DOW-UAP-D61, Mission Report, Persian Gulf, August 2020
Agency: Department of War
Incident date: 8/27/20
Incident location: Persian Gulf
Page 3
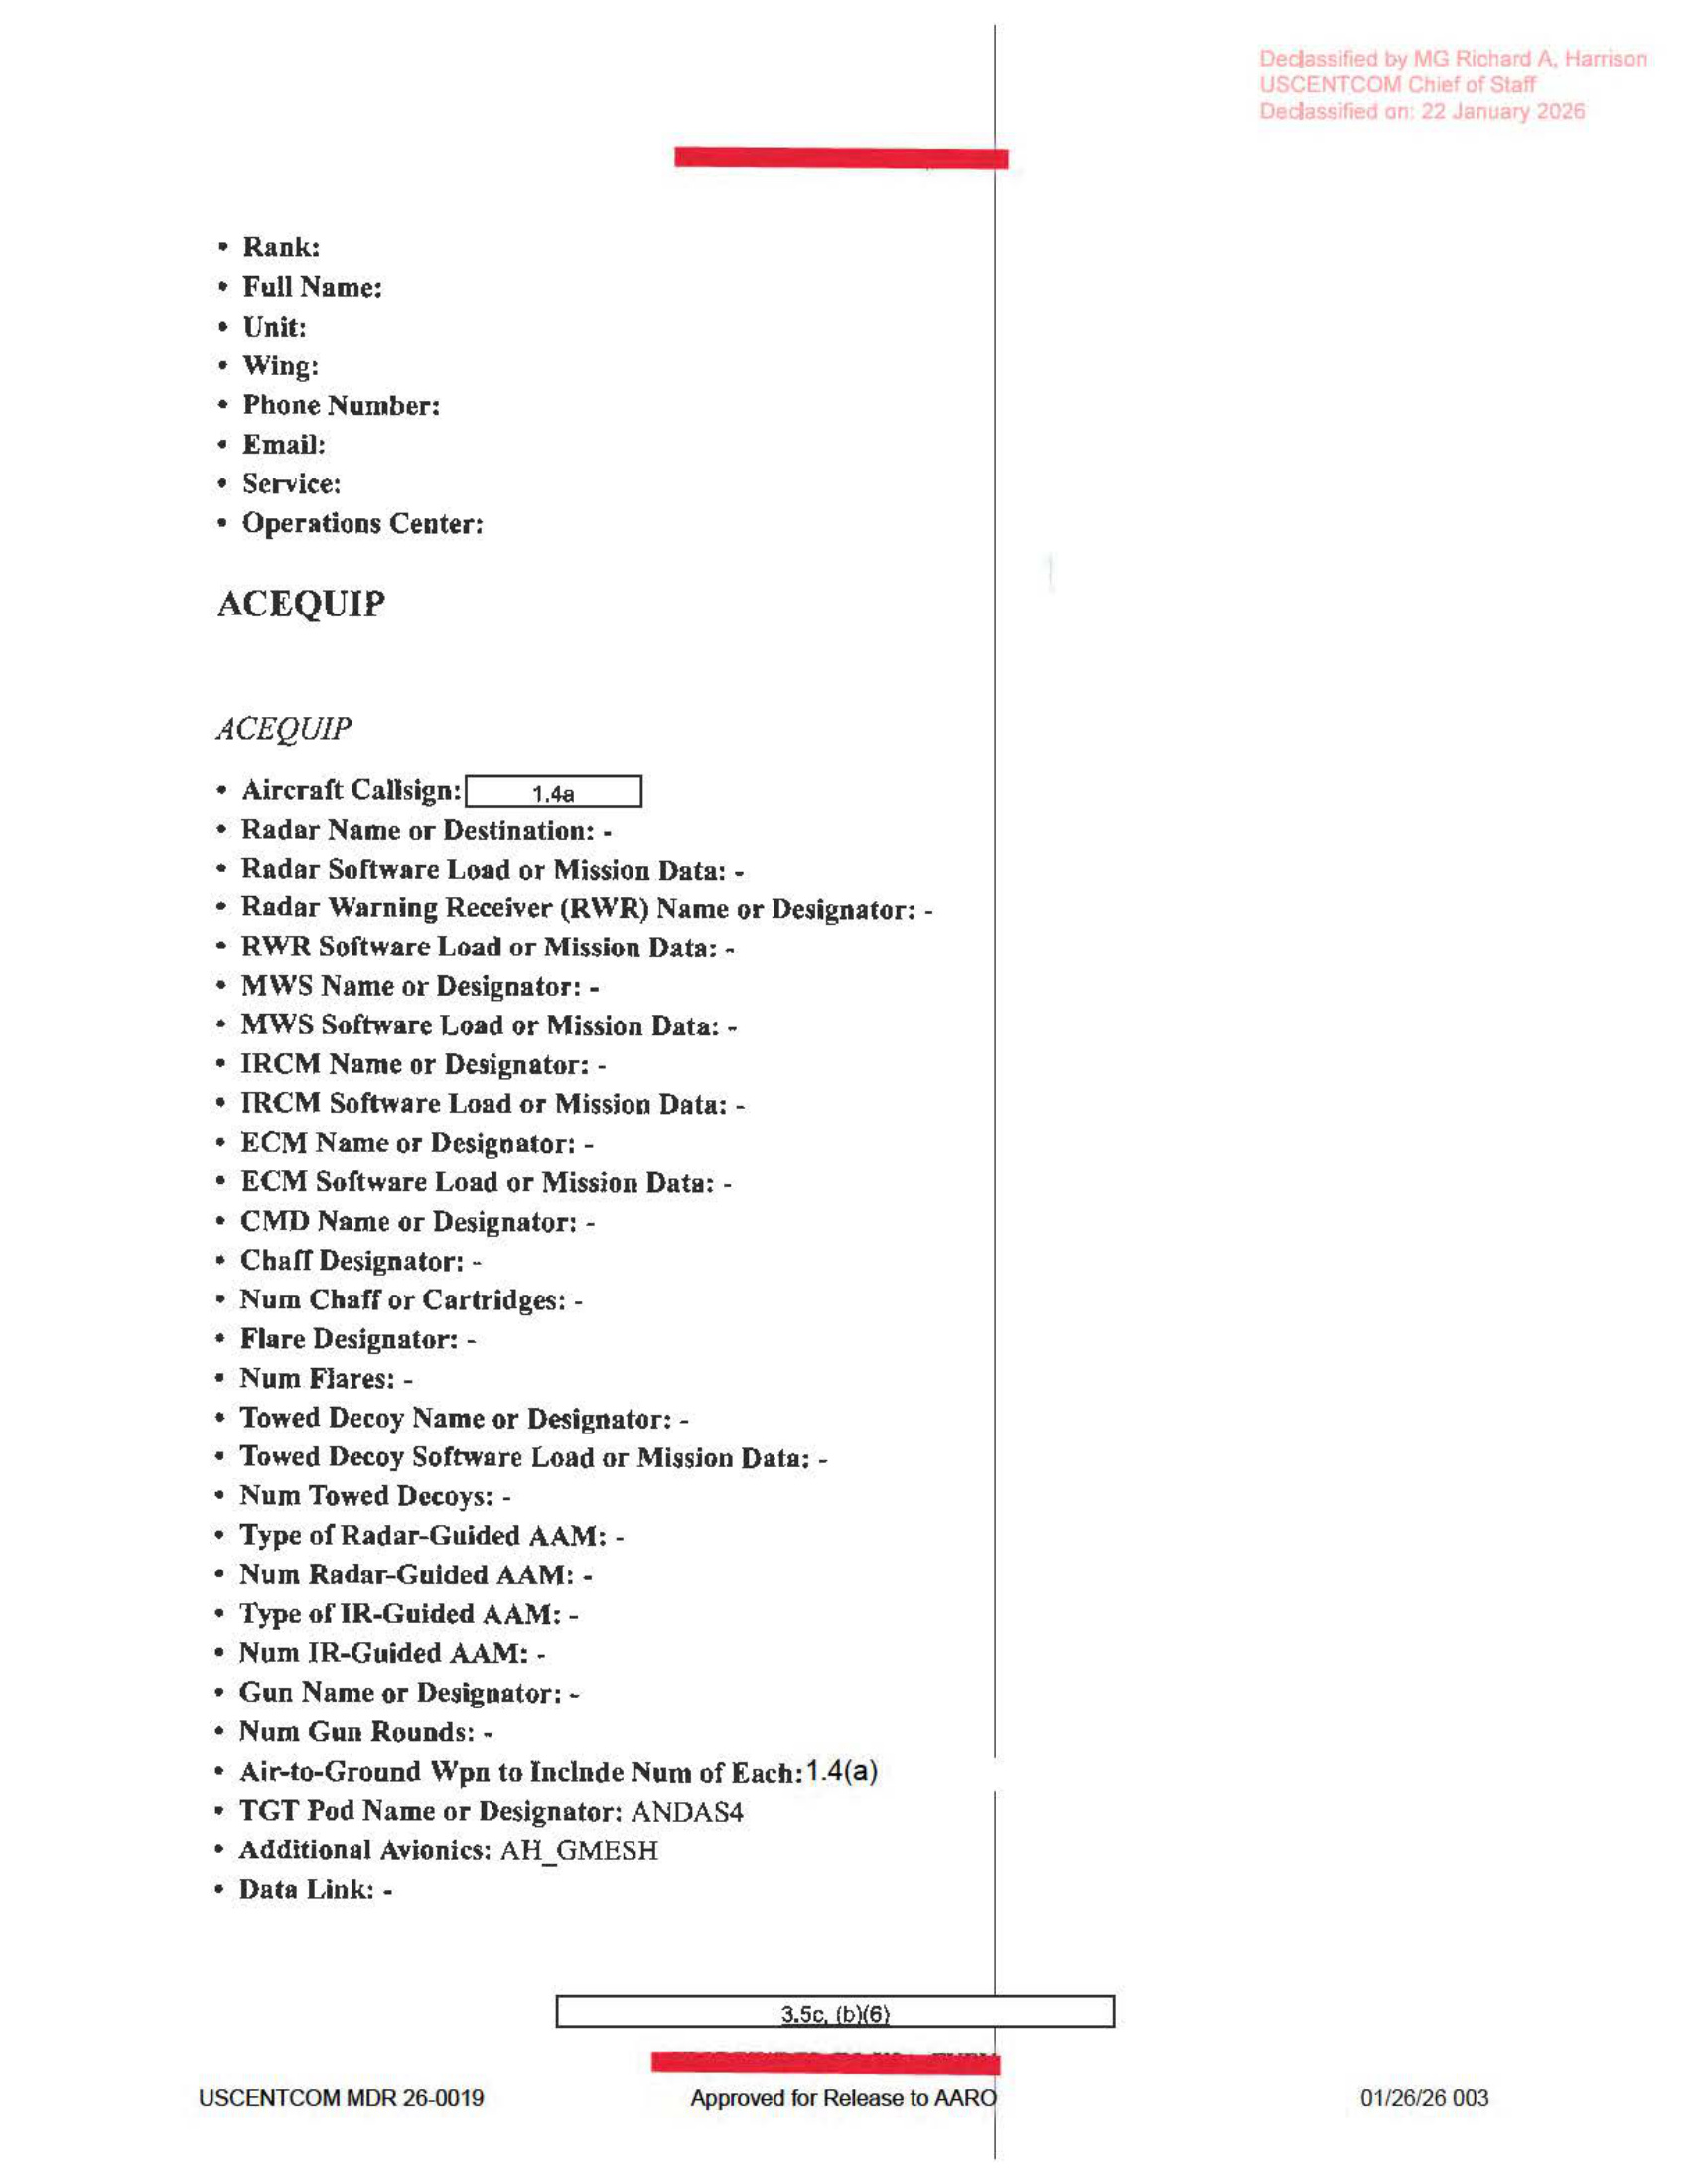